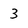
Character: 3